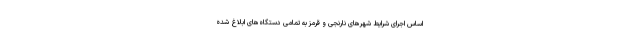
اساس اجرای شرایط شهرهای نارنجی و قرمز به تمامی دستگاه‌های ابلاغ شده